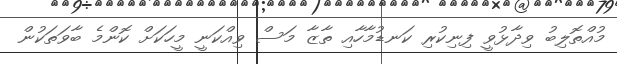
މުއްތޮލިބު ވިދާޅުވީ ފިނިކުރި ކަނޑުމާހާއި ތާޒާ މަސް ވިއްކަނީ މީހަކަށް ކޮންމެ ބާވަތަކުން